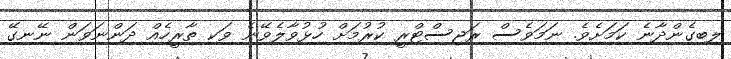
ލިބިގެންދާނެ ކަމަށެވެ. ނަމަވެސް ރަޖިސްޓްރީ ކުރުމަށް ހުޅުވާލެވޭނެ ވަކި ތާރީހެއް ދަންނަވަން ނޭނގޭ